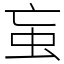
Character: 䖟